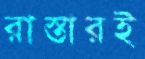
রাস্তারই